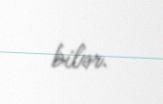
bilər.